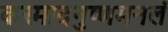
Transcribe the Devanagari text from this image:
कस्मादनुष्णमनलं